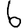
Digit: 6